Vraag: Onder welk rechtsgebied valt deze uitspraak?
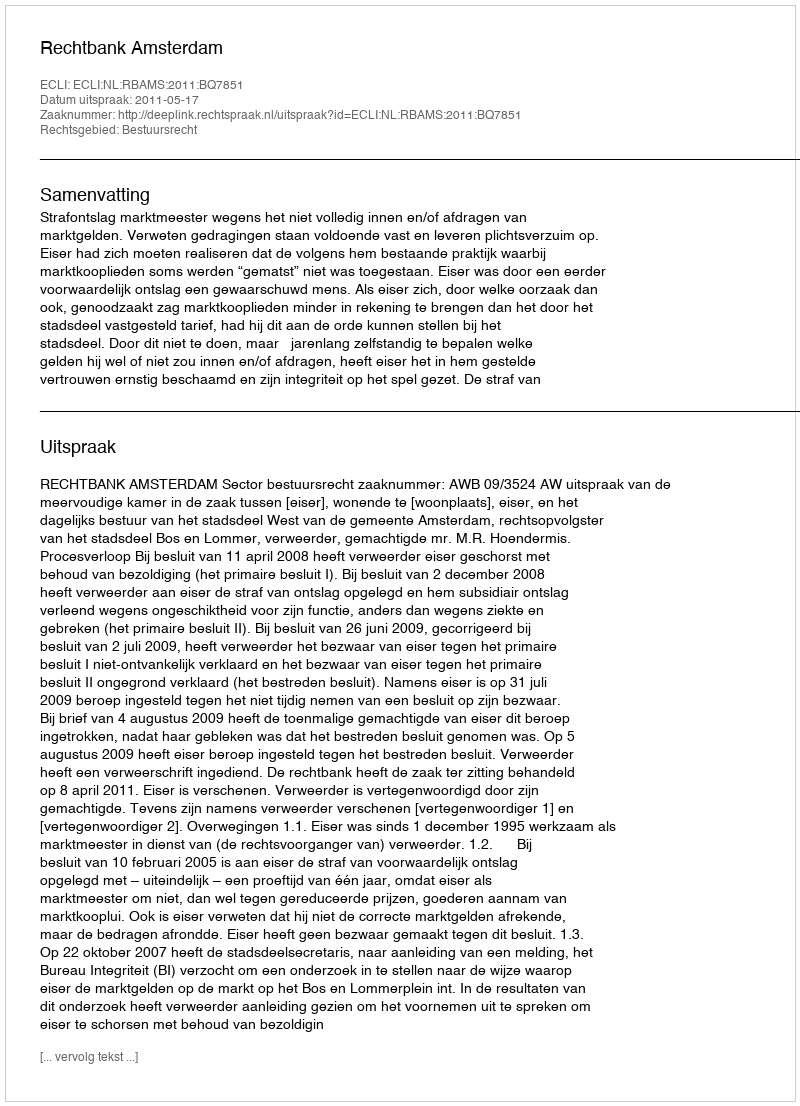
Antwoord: Bestuursrecht